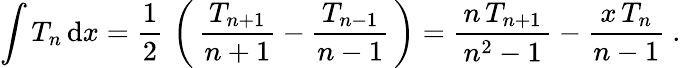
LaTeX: \int T_{n}\, \mathrm{d}x={\frac{1}{2}}\, \left(\, {\frac{\, T_{n+1}\, }{n+1}}-{\frac{\, T_{n-1}\, }{n-1}}\, \right)={\frac{\, n\, T_{n+1}\, }{n^{2}-1}}-{\frac{\, x\, T_{n}\, }{n-1}}~.